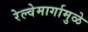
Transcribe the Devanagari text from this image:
रेल्वेमार्गामुळे